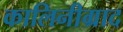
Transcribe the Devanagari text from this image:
कालिनीग्राद